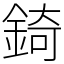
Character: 錡